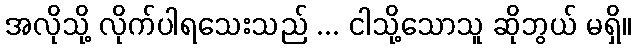
အလိုသို့ လိုက်ပါရသေးသည် ... ငါသို့သောသူ ဆိုဘွယ် မရှိ။